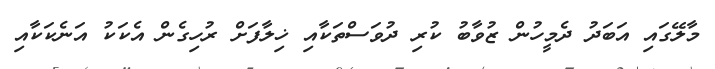
މާލޭގައި އަބަދު ދެމީހުން ޒުވާބު ކުރި ދުވަސްތަކާއި ޚިލާފަށް ރުހިގެން އެކަކު އަނެކަކާއި